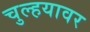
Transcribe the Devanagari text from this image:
चुल्हयावर